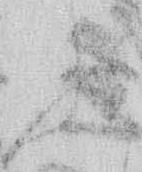
ふ